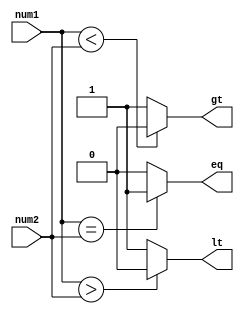
module signed_magnitude_comparator (
    input signed [7:0] num1,
    input signed [7:0] num2,
    output gt, // greater than
    output eq, // equal
    output lt // less than
);

assign gt = (num1 < num2) ? 1'b0 : 1'b1;
assign eq = (num1 == num2) ? 1'b1 : 1'b0;
assign lt = (num1 > num2) ? 1'b0 : 1'b1;

endmodule